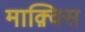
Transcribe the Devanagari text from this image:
माक़्विस